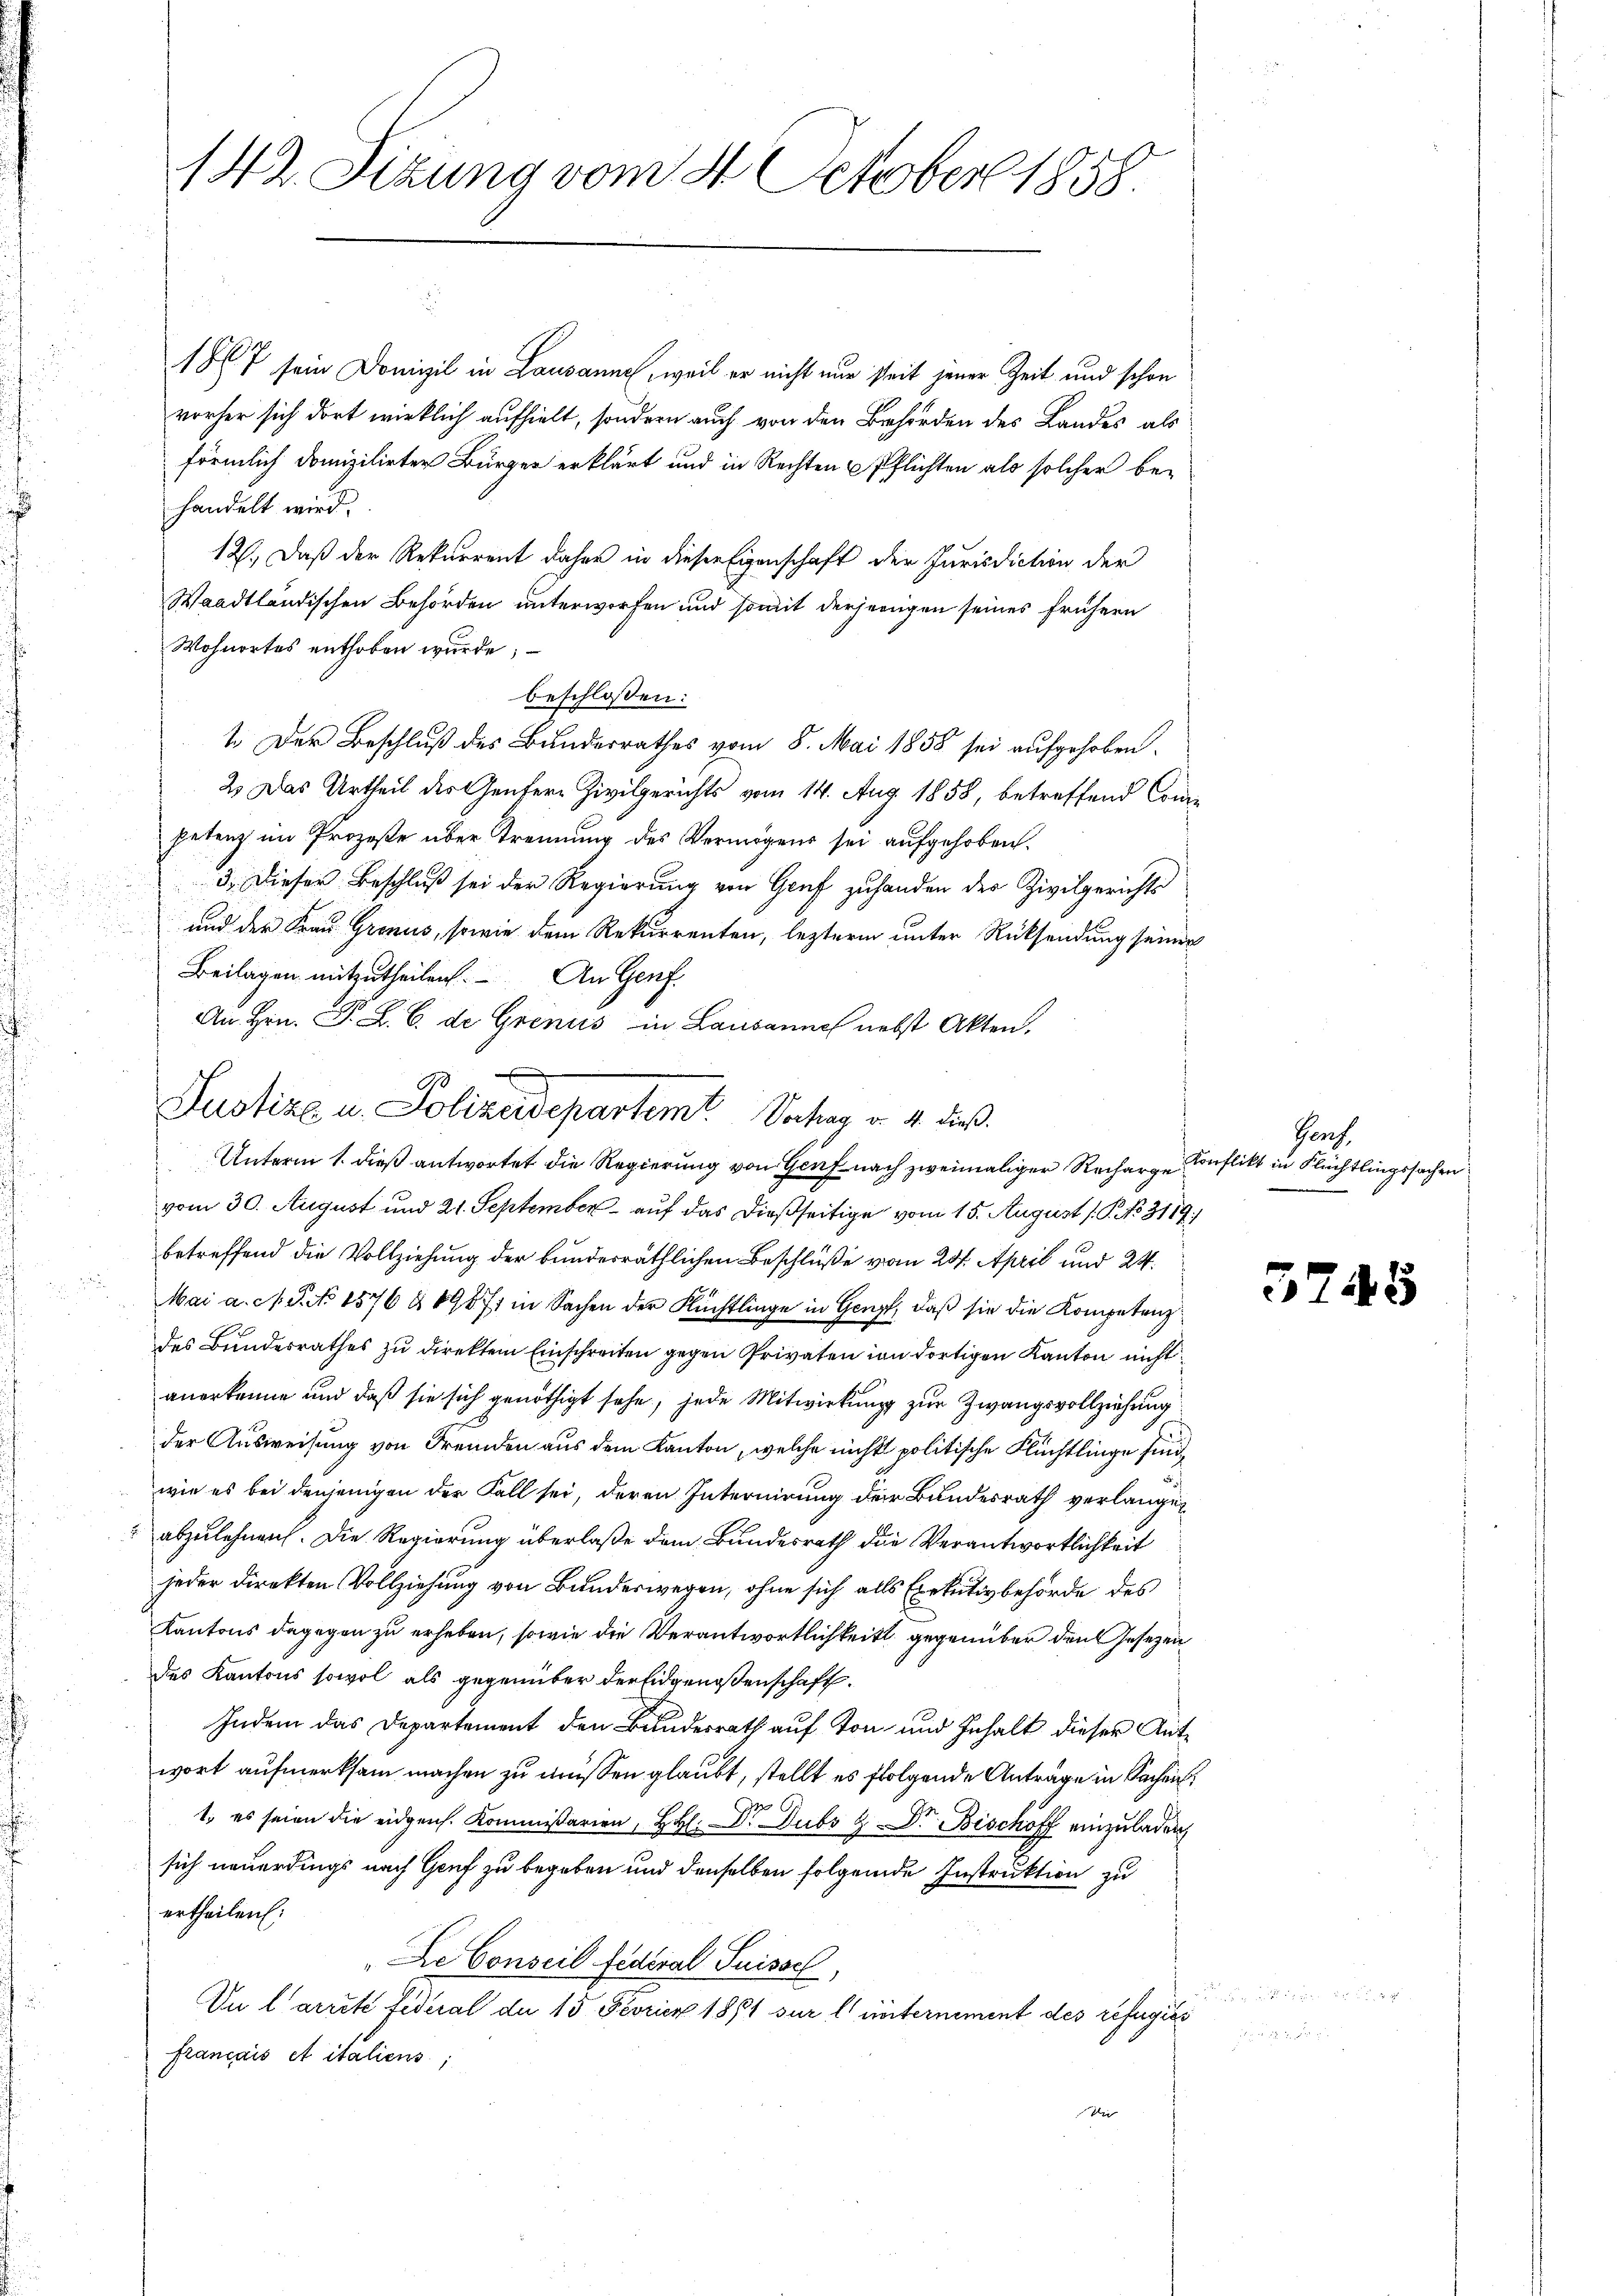
142. Sizung vom 8. October 1858.

187 sein Domizil in Lausanne, weil er nicht nur seit jener Zeit und schon
vorher sich dort wirklich aufhielt, sondern auch von den Behörden des Landes als
förmlich domizilirter Bürger erklärt und in Rechten Pflichten als solcher behandelt wird.
12. Daß der Rekurrent daher in dieser Eigenschaft der Jurisdiction der
Waadtländischen Behörden unterworfen und somit derjenigen seines frühern
Wohnortes enthoben wurde;
beschlossen:
1. Der Beschluß des Bundesrathes vom 8. Mai 1858 sei aufgehoben.
2. Das Urtheil des Gentere Zivilgerichts vom 14. Aug. 1858, betreffend Competenz im Prozeße über Trennung des Vermögens sei aufgehoben.
3.) Dieser Beschluß sei der Regierung von Genf zuhanden der Zivilgerichts
und der Frau Gronus, sowie dem Rekurrenten, leztere unter Rücksendung seiner
Beilagen mitzutheilen. An Genf.
An Hrn. P. L. C. de Grenus in Lausanne nebst Akten.
vom 30. August und 21. September – auf das dießseitige vom 15. August ( P. No. 3119)
betreffend die Vollziehung der bundesräthlichen Beschluße vom 20. April und 24.
Mai a. c. S. No 1576 § 19871 in Sachen der Flüchtlinge in Genzt, daß sie die Kompetenz
des Bundesrathes zu direktem Einschreiten gegen Privaten von dortigen Kanton nicht
anerkenne und daß sie sich genöthigt sehe, jede Mitwirkung zur Zwangsvollziehung
der Ausweisung von Fremden aus dem Kanton, welche nicht politische Flüchtlinge sind,
wie es bei denjenigen der Fall sei, deren Internirung der Bundesrath verlangen
abzulehnen. Die Regierung überlaße dem Bundesrath die Verantwortlichkeit
jeder direkten Vollziehung von Bunderwegen, ohne sich alls Exekutivbehörde des
Kantons dagegen zu erheben, sowie die Verantwortlichkeit gegenüber den Gesetzen
des Kantons sowol als gegenüber der Eidgenossenschaft.
Indem das Departement den Bundesrath auf Ton und Inhalt dieser Antwort aufmerksam machen zu müssen glaubt, stellt es folgende Anträge in Sachen
79
1. es seien die eidgen. Kommissarien, HHl.. Dubs Dr. Bischoff einzuladen
sich neuerdings nach Genf zu begeben und denselben folgende Instruktion zu
ertheilen:
De Conseil federal Suissch
r
Du Carrite Federal de 15 Fevrier 1871 sur l. unternement des refegist
français et italiens;

98
Justiz u. Polizeidepartem Vortrag v. 4. dieß.
Unterm 1. dieß antwortet die Regierung von Graf nach zweimaliger Recharge Conflikt in Flüchtlingssachen

Genf.

3748